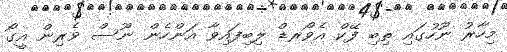
މިހާރު ނޫހުގައި ތިބި ފޭކް އެވޯރޑް ލިބިފައިވާ އަންހެން ނޫސް ވެރިން އީގޯ